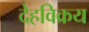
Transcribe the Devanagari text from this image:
देहविक्रय